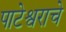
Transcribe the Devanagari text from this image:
पाटेश्वराचे